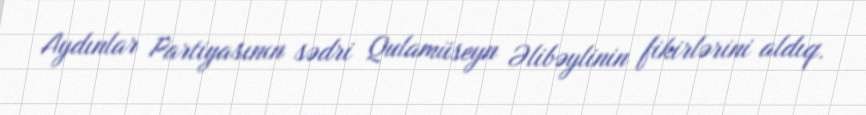
Aydınlar Partiyasının sədri Qulamüseyn Əlibəylinin fikirlərini aldıq.